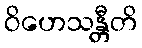
ဝိဟေသန္တီတိ